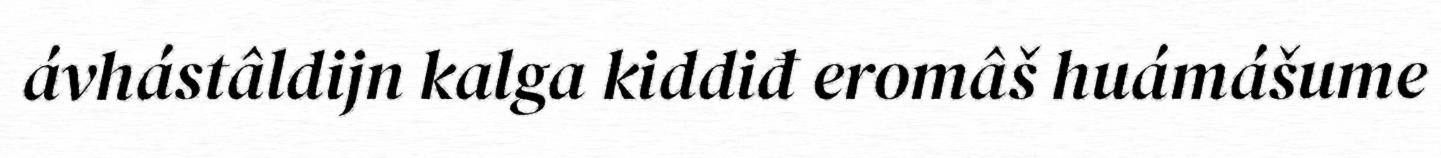
ávhástâldijn kalga kiddiđ eromâš huámášume